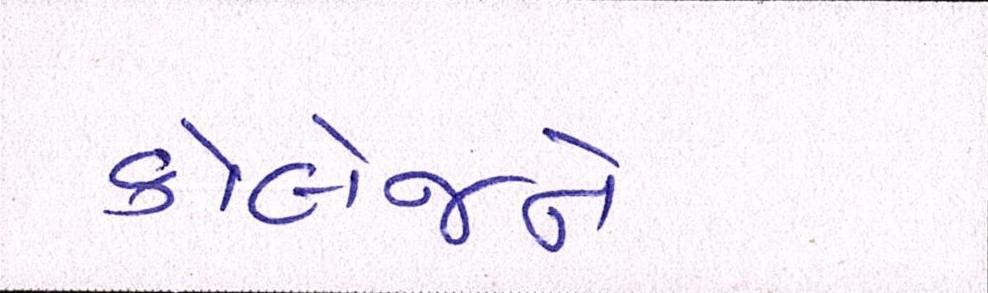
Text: કોલેજને